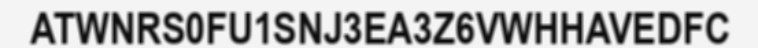
ATWNRS0FU1SNJ3EA3Z6VWHHAVEDFC